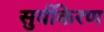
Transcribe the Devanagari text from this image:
सुर्यकिरण